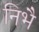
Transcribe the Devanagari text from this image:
निभै